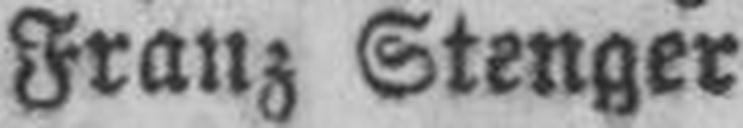
Franz Stenger